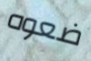
ضعوه